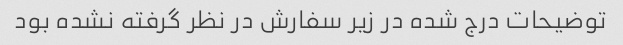
توضیحات درج شده در زیر سفارش در نظر گرفته نشده بود